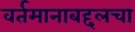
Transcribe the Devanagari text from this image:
वर्तमानाबद्दलचा